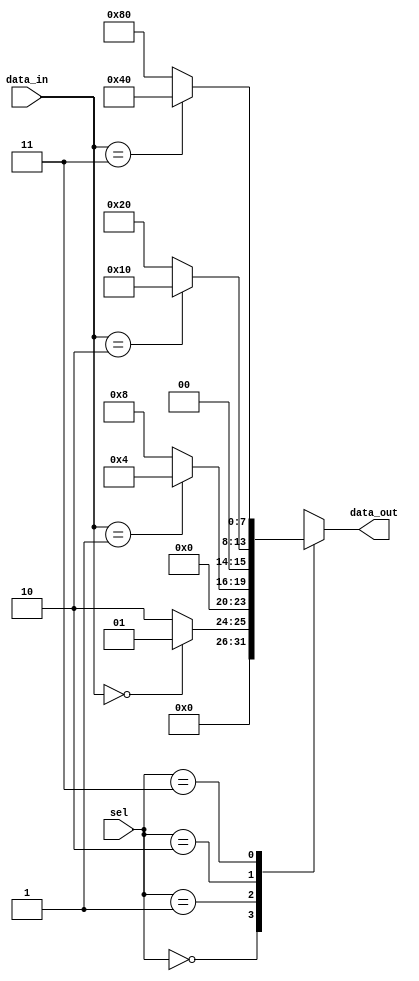
module case_if_else (
    input [1:0] sel,
    input [3:0] data_in,
    output reg [7:0] data_out
);
    
always @* begin
  case (sel)
    2'b00: begin
        if (data_in == 4'b0000)
            data_out = 8'b00000001;
        else
            data_out = 8'b00000010;
    end
    
    2'b01: begin
        if (data_in == 4'b0001)
            data_out = 8'b00000100;
        else
            data_out = 8'b00001000;
    end
    
    2'b10: begin
        if (data_in == 4'b0010)
            data_out = 8'b00010000;
        else
            data_out = 8'b00100000;
    end
    
    2'b11: begin
        if (data_in == 4'b0011)
            data_out = 8'b01000000;
        else
            data_out = 8'b10000000;
    end
  endcase
end
    
endmodule